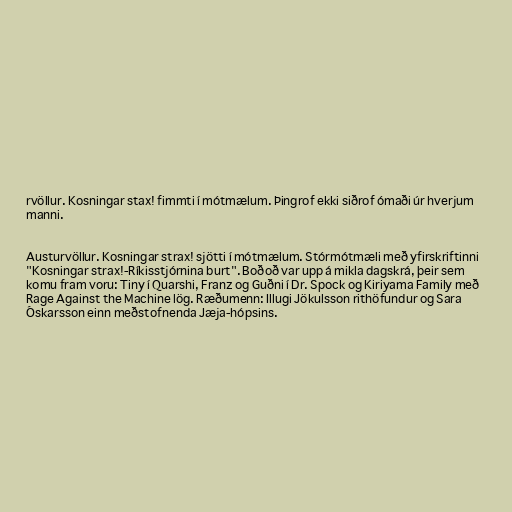
rvöllur. Kosningar stax! fimmti í mótmælum. Þingrof ekki siðrof ómaði úr hverjum
manni.

Austurvöllur. Kosningar strax! sjötti í mótmælum. Stórmótmæli með yfirskriftinni
"Kosningar strax!-Ríkisstjórnina burt". Boðoð var upp á mikla dagskrá, þeir sem
komu fram voru: Tiny í Quarshi, Franz og Guðni í Dr. Spock og Kiriyama Family með
Rage Against the Machine lög. Ræðumenn: Illugi Jökulsson rithöfundur og Sara
Óskarsson einn meðstofnenda Jæja-hópsins.